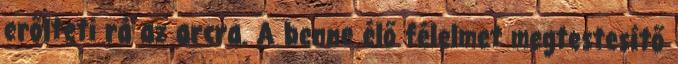
erőlteti rá az arcra. A benne élő félelmet megtestesítő